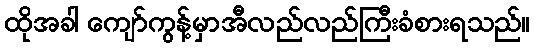
ထိုအခါ ကျော်ကွန့်မှာအီလည်လည်ကြီးခံစားရသည်။